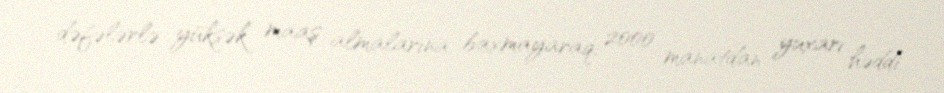
dəfələrlə yüksək maaş almalarına baxmayaraq, 2000 manatdan yuxarı həddi